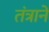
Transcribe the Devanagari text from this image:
तंत्रानें